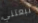
تبعتني